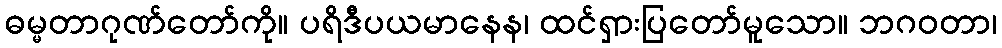
ဓမ္မတာဂုဏ်တော်ကို။ ပရိဒီပယမာနေန၊ ထင်ရှားပြတော်မူသော။ ဘဂဝတာ၊